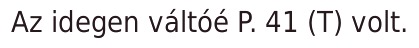
Az idegen váltóé P. 41 (T) volt.